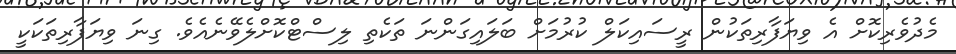
މެދުވެރިކޮށް އެ ވިޔަފާރިތަކުން ރީސައިކަލް ކުރުމަށް ބަލައިގަންނަ ތަކެތި ލިސްޓްކޮށްލެވޭނެއެވެ. ގިނަ ވިޔަފާރިތަކަކީ